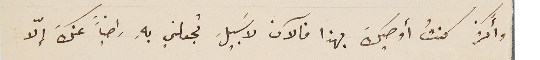
وأكثر كنتُ أوصيكَ بهذا فالآن لا َسبيلَ تجعلني بهِ راضياً عنكَ إلاّ